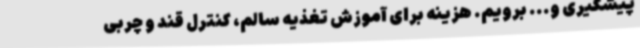
پیشگیری و... برویم. هزینه برای آموزش تغذیه سالم، کنترل قند و چربی